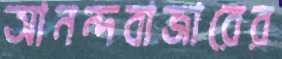
আনন্দবাজারের